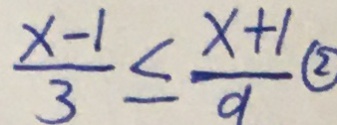
\frac { x - 1 } { 3 } \leq \frac { x + 1 } { 9 } \textcircled { 2 }